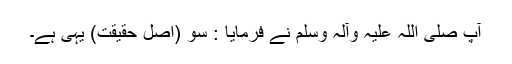
آپ صلی اللہ علیہ وآلہ وسلم نے فرمایا : سو (اصل حقیقت) یہی ہے۔